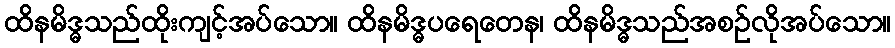
ထိနမိဒ္ဓသည်ထိုးကျင့်အပ်သော။ ထိနမိဒ္ဓပရေတေန၊ ထိနမိဒ္ဓသည်အစဉ်လိုအပ်သော။